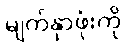
မျက်နှာဖုံးကို